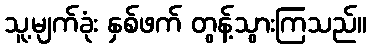
သူ့မျက်ခုံး နှစ်ဖက် တွန့်သွားကြသည်။